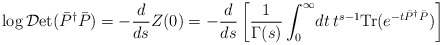
\begin{align*}\log {\cal D}\mbox{et} (\bar{P}^{\dag} \bar{P}) = - \frac{d}{ds} Z(0) = - \frac{d}{ds} \left[ \frac{1}{\Gamma (s)} \int_{0}^{\infty} \! dt \:t^{s -1} \mbox{Tr} (e^{-t \bar{P}^{\dag}\bar{P}}) \right]\end{align*}